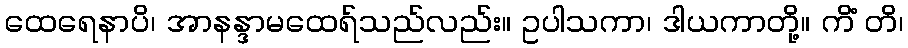
ထေရေနာပိ၊ အာနန္ဒာမထေရ်သည်လည်း။ ဥပါသကာ၊ ဒါယကာတို့။ ကိံ တိ၊